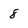
Character: 8